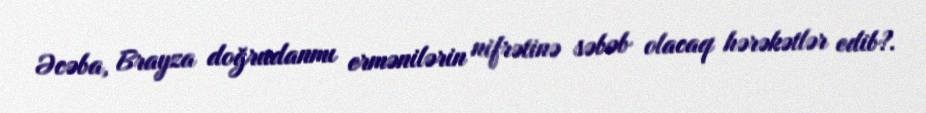
Əcəba, Brayza doğrudanmı ermənilərin nifrətinə səbəb olacaq hərəkətlər edib?.